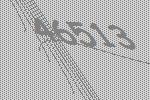
46513